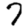
Digit: 7